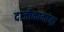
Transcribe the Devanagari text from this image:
दाजीकाकांना